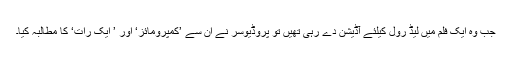
جب وہ ایک فلم میں لیڈ رول کیلئے آڈیشن دے رہی تھیں تو پروڈیوسر نے ان سے ’کمپرومائز‘ اور ’ ایک رات‘ کا مطالبہ کیا۔